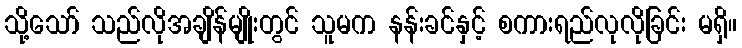
သို့သော် သည်လိုအချိန်မျိုးတွင် သူမက နန်းခင်နှင့် စကားရည်လုလိုခြင်း မရှိ။